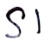
Text: S1